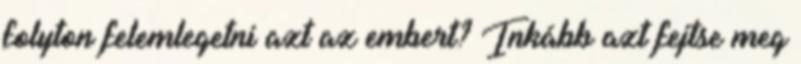
folyton felemlegetni azt az embert? Inkább azt fejtse meg